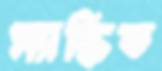
ম্যাস্কিড